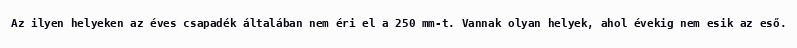
Az ilyen helyeken az éves csapadék általában nem éri el a 250 mm-t. Vannak olyan helyek, ahol évekig nem esik az eső.